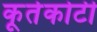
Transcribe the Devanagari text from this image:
कूर्तकोटी